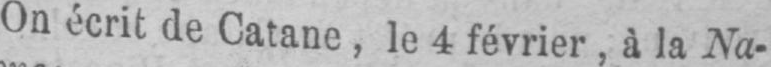
On écrit de Catane, le 4 février, à la Na-